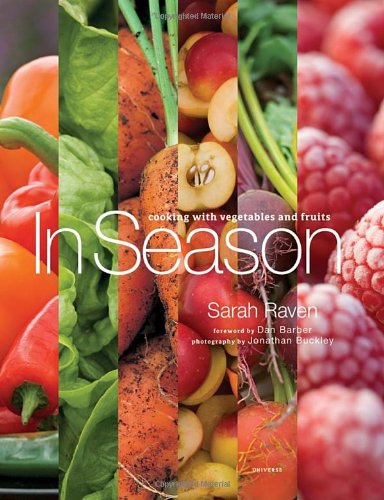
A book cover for In Season: Cooking with Vegetables and Fruits; Sarah Raven; Cookbooks, Food & Wine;